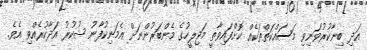
އަދި ބިނާކުރުވަނިވި މަސައްކަތްތަކެއް ކޮށްފައިވާތީ މަޖިލީހުގެ މެންބަރުންނަށް އެމަނިކުފާނު ޝުކުރު އަދާކުރެއްވި އެވެ.